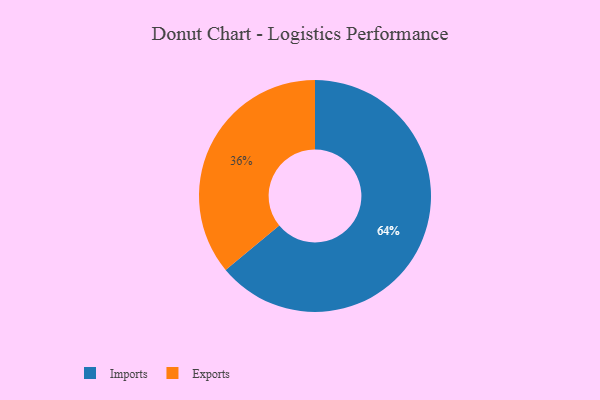
{"axis": {"x": "Category", "y": "Percentage"}, "legend": ["Exports", "Imports"], "data": [{"x": "Imports", "y": 64, "type": "Imports"}, {"x": "Exports", "y": 36, "type": "Exports"}]}